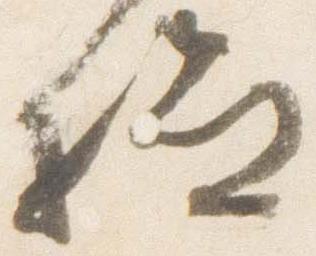
給